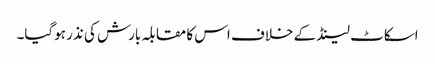
اسکاٹ لینڈ کے خلاف اس کا مقابلہ بارش کی نذر ہوگیا۔